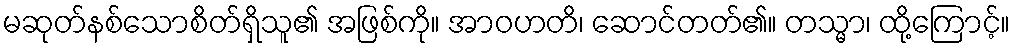
မဆုတ်နစ်သောစိတ်ရှိသူ၏ အဖြစ်ကို။ အာဝဟတိ၊ ဆောင်တတ်၏။ တသ္မာ၊ ထို့ကြောင့်။